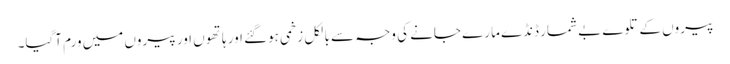
پیروں کے تلوے بے شمار ڈنڈے مارے جانے کی وجہ سے بالکل زخمی ہوگئے اور ہاتھوں اور پیروں میں ورم آگیا۔